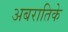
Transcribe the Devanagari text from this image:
अबरातिके